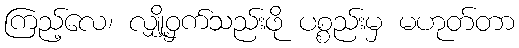
ကြည့်လေ၊ လျှို့ဝှက်သည်းဖို ပစ္စည်းမှ မဟုတ်တာ